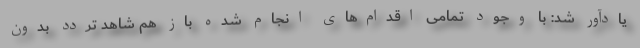
یادآور شد: با وجود تمامی اقدام‌های انجام شده باز هم شاهد تردد بدون